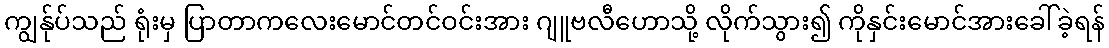
ကျွန်ုပ်သည် ရုံးမှ ပြာတာကလေးမောင်တင်ဝင်းအား ဂျူဗလီဟောသို့ လိုက်သွား၍ ကိုနှင်းမောင်အားခေါ်ခဲ့ရန်